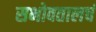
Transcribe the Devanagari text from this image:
सभोवतालचं